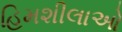
હિમશીલાઓ